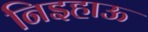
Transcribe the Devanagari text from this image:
निइहाऊ